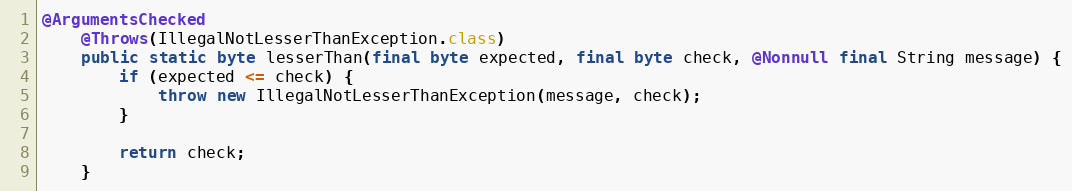
Language: Java
@ArgumentsChecked
	@Throws(IllegalNotLesserThanException.class)
	public static byte lesserThan(final byte expected, final byte check, @Nonnull final String message) {
		if (expected <= check) {
			throw new IllegalNotLesserThanException(message, check);
		}

		return check;
	}